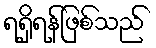
ရရှိရန်ဖြစ်သည်